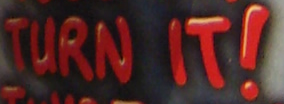
TURN IT!